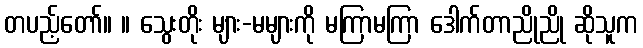
တပည့်တော်။ ။ သွေးတိုး များ-မများကို မကြာမကြာ ဒေါက်တာညိုညို ဆိုသူက